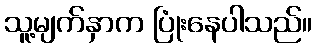
သူ့မျက်နှာက ပြုံးနေပါသည်။